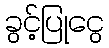
ခွင့်ပြုငွေ